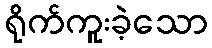
ရိုက်ကူးခဲ့သော